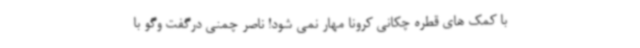
با کمک های قطره چکانی کرونا مهار نمی شود! ناصر چمنی درگفت وگو با